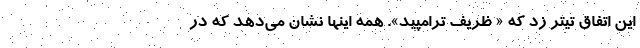
این اتفاق تیتر زد که « ظریف ترامپید». همه اینها نشان می‌دهد که در